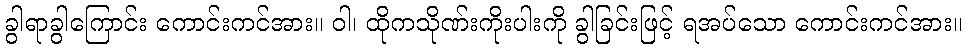
ခွါရာခွါကြောင်း ကောင်းကင်အား။ ဝါ၊ ထိုကသိုဏ်းကိုးပါးကို ခွါခြင်းဖြင့် ရအပ်သော ကောင်းကင်အား။